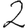
Digit: 2